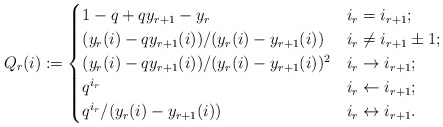
\begin{align*}Q_r(i):=\begin{cases}1-q+qy_{r+1}-y_r & i_r= i_{r+1};\\(y_r(i)-qy_{r+1}(i))/ (y_r(i)-y_{r+1}(i))& i_r\neq i_{r+1}\pm 1;\\(y_r(i)-qy_{r+1}(i))/ (y_r(i)-y_{r+1}(i))^2 & i_r\rightarrow i_{r+1};\\q^{i_r} & i_r\leftarrow i_{r+1};\\q^{i_r}/ (y_r(i)-y_{r+1}(i)) & i_r\leftrightarrow i_{r+1}.\end{cases}\end{align*}